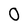
Character: 0